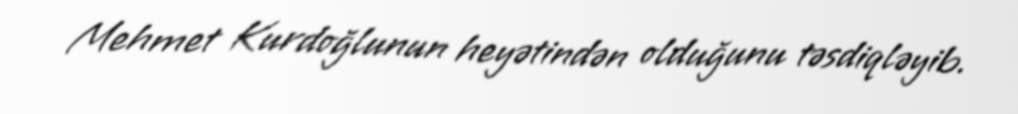
Mehmet Kurdoğlunun heyətindən olduğunu təsdiqləyib.